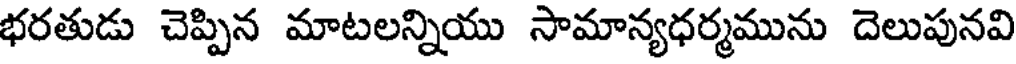
భరతుడు చెప్పిన మాటలన్నియు సామాన్యధర్మమును దెలుపునవి